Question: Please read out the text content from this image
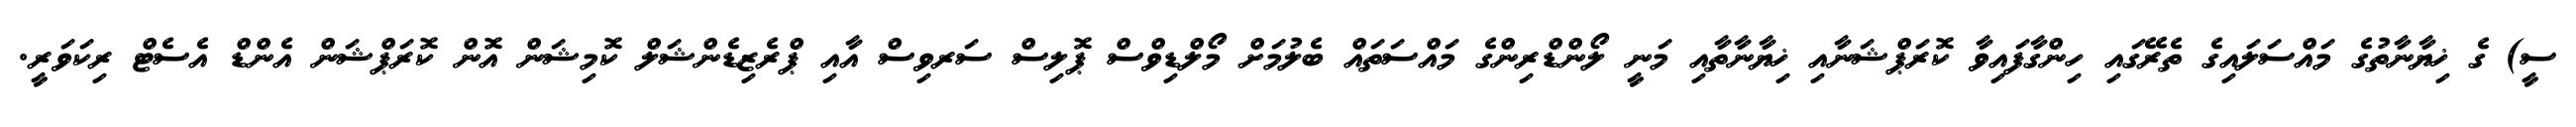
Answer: ސީ) ގެ ޚިޔާނާތުގެ މައްސަލައިގެ ތެރޭގައި ހިންގާފައިވާ ކޮރަޕްޝަނާއި ޚިޔާނާތާއި މަނީ ލޯންޑްރިންގެ މައްސަތައް ބެލުމަށް މޯލްޑިވްސް ޕޮލިސް ސަރވިސް އާއި ޕްރެޒިޑެންޝަލް ކޮމިޝަން އޮން ކޮރަޕްޝަން އެންޑް އެސެޓް ރިކަވަރީ.